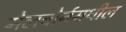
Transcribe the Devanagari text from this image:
मेलबोर्नमधील